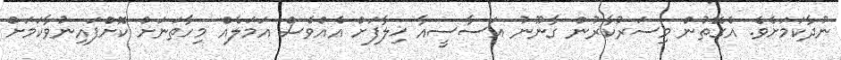
ނުދާކަމަށެވެ. އެގޮތުން މިސަރުކާރުން ގާނޫނު އަސާސީއާ ޚިލާފަށް އެއްވެސް އަމަލެެއް މިހާތަނަށް ކޮށްފައިނުވާކަމަށް